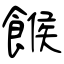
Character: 餱